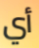
أي